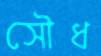
সৌধ